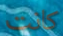
كانت